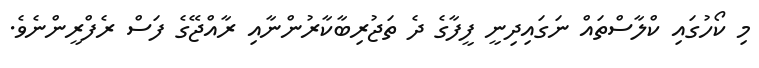
މި ކޯހުގައި ކްލާސްތައް ނަގައިދިނީ ފީފާގެ ދެ ތަޖުރިބާކާރުންނާއި ރާއްޖޭގެ ފަސް ރެފްރީންނެވެ.